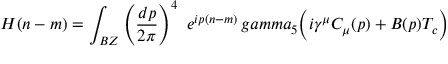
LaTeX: H ( n - m ) = \int _ { B Z } \left( { \frac { d p } { 2 \pi } } \right) ^ { 4 } \ e ^ { i p ( n - m ) } \, g a m m a _ { 5 } \Bigl ( i \gamma ^ { \mu } C _ { \mu } ( p ) + B ( p ) T _ { c } \Bigr )